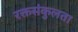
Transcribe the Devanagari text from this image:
रक्तसंकुलता